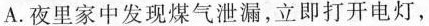
A.夜里家中发现煤气泄漏，立即打开电灯，